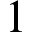
1